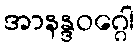
အာနန္ဒဝဂ္ဂေါ